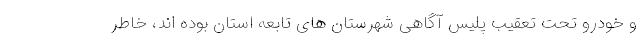
و خودرو تحت تعقیب پلیس آگاهی شهرستان های تابعه استان بوده اند، خاطر